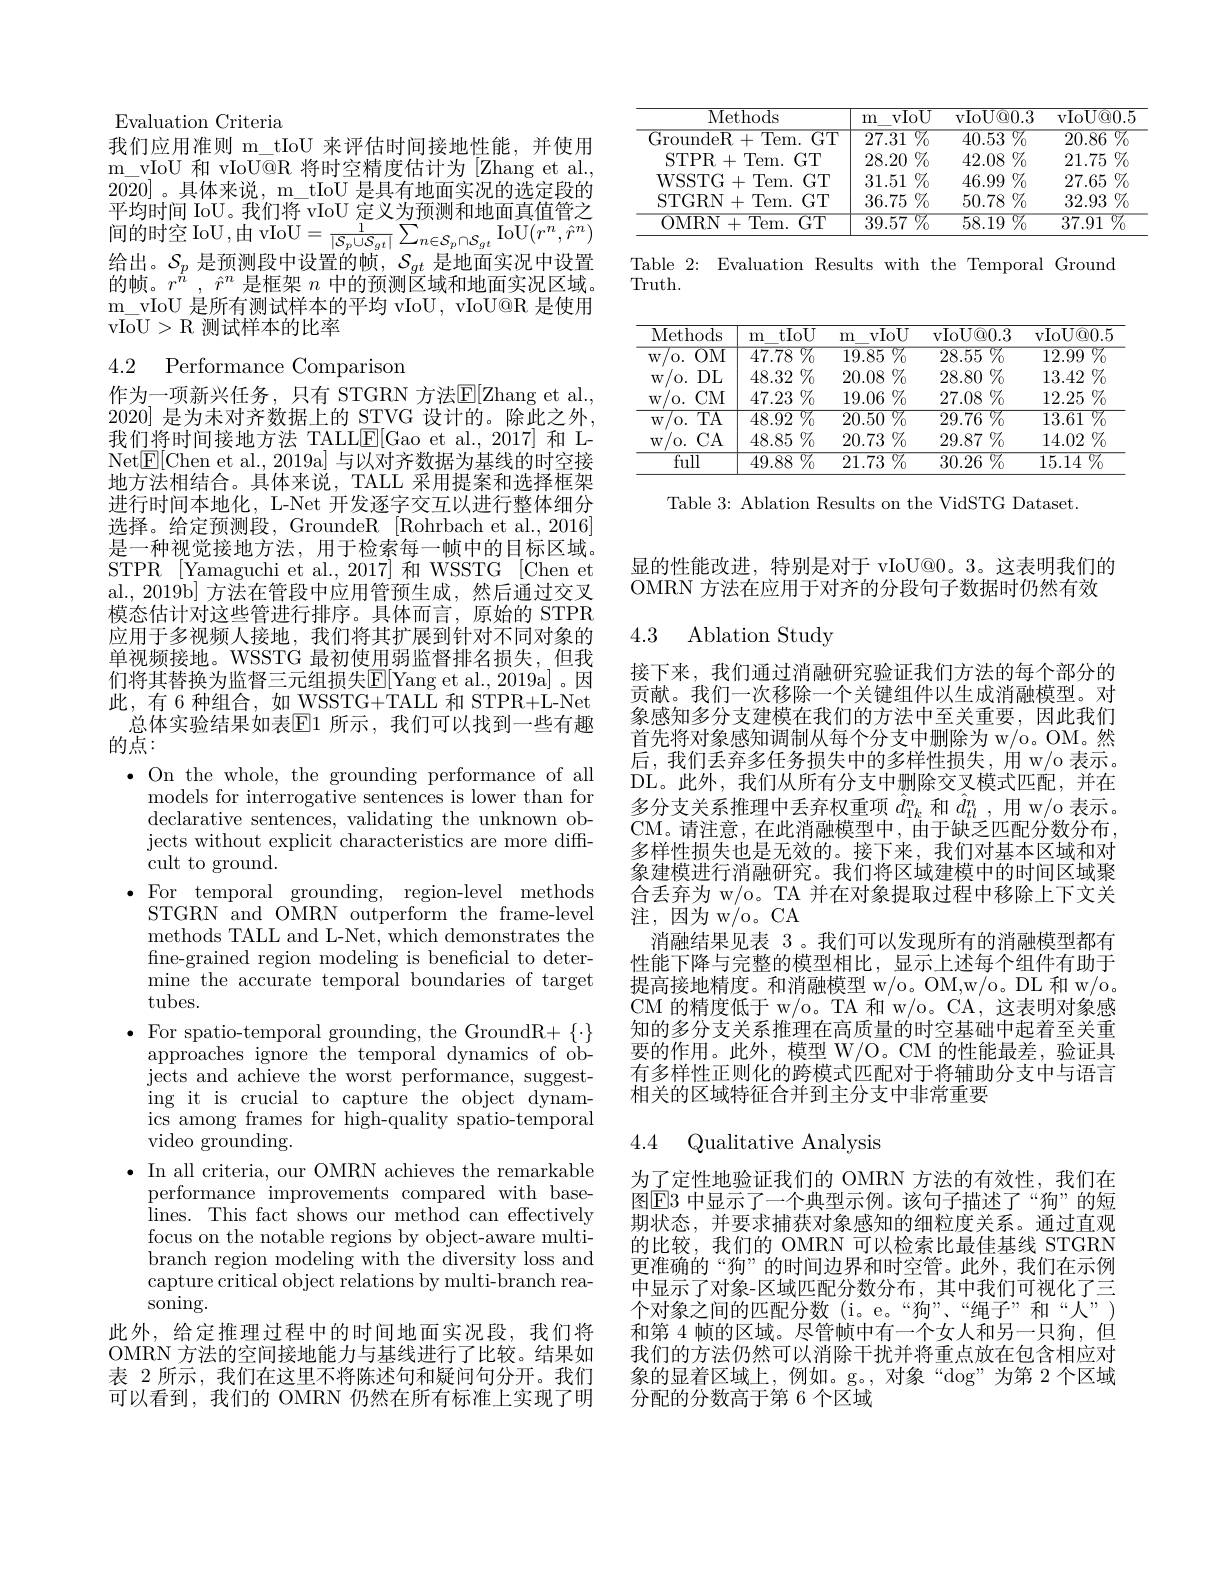
Evaluation Criteria
我们应用准则 m\_tIoU 来评估时间接地性能，并使用m$\_$vIoU 和 vIoU@R 将时空精度估计为[Zhang et al. 2020]。具体来说，m\_tIoU 是具有地面实况的选定段的平均时间 IoU。我们将 vIoU 定义为预测和地面真值管之间 的 时 空 IoU, 由 vIoU$= \frac 1{| \mathcal{S} _{p}\cup \mathcal{S} _{gt}| }\sum _{n\in \mathcal{S} _{p}\cap \mathcal{S} _{gt}}$IoU$( r^{n}, \hat{r} ^{n})$ $\begin{array}{l}\text{给出。}\mathcal{S}_p&\text{是预测段中设置的帧，}\mathcal{S}_{gt}&\text{是地面实况中设置}\\\text{的帧。}r^n&,\hat{r}^n&\text{是框架 }n&\text{中的预测区域和地面实况区域。}\end{array}$ m$\_$vIoU 是所有测试样本的平均 vIoU, vIoU@R 是使用vIoU > R 测试样本的比率

4.2 Performance Comparisom

作为一项新兴任务，只有 STGRN 方法$\mathbb{E}[$Zhang et al. 2020] 是为未对齐数据上的 STVG 设计的。除此之外， 我们将时间接地方法 TALLE[Gao et al., 2017] 和 LNet$\boxed{\mathrm{F}}[$Chen et al., 2019a] 与以对齐数据为基线的时空接地方法相结合。具体来说，TALL 采用提案和选择框架进行时间本地化，L-Net 开发逐字交互以进行整体细分选择。给定预测段，GroundeR [Rohrbach et al.,2016] 是一种视觉接地方法，用于检索每一帧中的目标区域。STPR [Yamaguchi et al., 2017] 和 WSSTG [Chen et al.,2019b] 方法在管段中应用管预生成，然后通过交叉模态估计对这些管进行排序。具体而言，原始的 STPR 应用于多视频人接地，我们将其扩展到针对不同对象的单视频接地。WSSTG 最初使用弱监督排名损失，但我们将其替换为监督三元组损失$\mathbb{E}[$Yang et al., 2019a] 。因此，有 6 种组合，如 WSSTG+TALL 和 STPR+L-Net
总体实验结果如表$\overline{\mathbb{E}}$1 所示，我们可以找到一些有趣
的点：
$\bullet$ On the whole, the grounding performance of all
models for interrogative sentences is lower than for declarative sentences, validating the unknown objects without explicit characteristics are more diffcult to ground.
$\bullet$For temporal grounding, region-level methods
STGRN and OMRN outperform the frame-level methods TALL and L-Net, which demonstrates the fine-grained region modeling is beneficial to determine the accurate temporal boundaries of target tubes.
$\bullet$ For spatio-temporal grounding, the GroundR+ $\{\cdot\}$
approaches ignore the temporal dynamics of objects and achieve the worst performance, suggest- ing it is crucial to capture the object dynamics among frames for high-quality spatio-temporal video grounding.
$\bullet$ In all criteria, our OMRN achieves the remarkable
performance improvements compared with baselines. This fact shows our method can effectively focus on the notable regions by object-aware multibranch region modeling with the diversity loss and capture critical object relations by multi-branch reasoning.
此外，给定推理过程中的时间地面实况段，我们将OMRN 方法的空间接地能力与基线进行了比较。结果如表 2 所示，我们在这里不将陈述句和疑问句分开。我们可以看到，我们的 OMRN 仍然在所有标准上实现了明

<table>
	<tbody>
		<tr>
			<th>$\overline{\mathrm{Methods}}$</th>
			<th>$\overline{\mathrm{vIoU}}$ m</th>
			<th>vIoU@ 0. 3</th>
			<th>vIoU@ 0. 5</th>
		</tr>
		<tr>
			<td>$\mathop{\mathrm{GroundeR}}+\mathop{\mathrm{Tem.GT}}$</td>
			<td>${\mathbb{V}_{0}}$ $\overline{27.31}$</td>
			<td>$3\%$ 40.53</td>
			<td>20.86 $77_{0}$</td>
		</tr>
		<tr>
			<td>$GT$ STPR+ Tem. </td>
			<td>$\%$ 28.20</td>
			<td>42.08 8 $\%$</td>
			<td>21.75 $\%$</td>
		</tr>
		<tr>
			<td>$GT$ WSSTG + Tem. </td>
			<td>$\%_{0}$ 31.51</td>
			<td>46.99 $9\%$</td>
			<td>27.65 $\%$</td>
		</tr>
		<tr>
			<td>$\vdash$Tem. GT STGRN+</td>
			<td>$36.75\%$</td>
			<td>$50.78\%$</td>
			<td>$32.93\%$</td>
		</tr>
		<tr>
			<td>OMRN + $\frac{1}{2}=\frac{1}{2}=\frac{1}{2}$ $\overline{\mathrm{Tem.}}$ $GT$</td>
			<td>$\overline{39.57\:\%}$</td>
			<td>$58.19\%$</td>
			<td>37.91 $77_0$ </td>
		</tr>
	</tbody>
</table>

Table 2: Evaluation Results with the Temporal Ground
Truth.

<table>
	<tbody>
		<tr>
			<th>Methods</th>
			<th>tIoU m</th>
			<th>vIoU m</th>
			<th>vIoU@ 0. 3</th>
			<th>vIoU@ 0. 5</th>
		</tr>
		<tr>
			<td>0. $\overline{\mathrm{OM}}$ $W$</td>
			<td>$\overline{47.78\%}$</td>
			<td>$\overline{19.85\%}$</td>
			<td>$\overline{5\%}$ 28.55</td>
			<td>$\%$ 12.99</td>
		</tr>
		<tr>
			<td>/0. $DL$ $W$</td>
			<td>$48.32\%$</td>
			<td>$\%$ 20.08 1</td>
			<td>$28.80\%$</td>
			<td>$13.42\%$</td>
		</tr>
		<tr>
			<td>CM $W$ 0. 1</td>
			<td>$47.23\%$</td>
			<td>$\%$ 19.06 1</td>
			<td>$27.08\%$</td>
			<td>$12.25\%$</td>
		</tr>
		<tr>
			<td>${^{/}\mathrm{o.~TA}}$ $W.$</td>
			<td>$\overline{48.92\:\%}$</td>
			<td>$\%$ 20.50 I</td>
			<td>${\overline{29.76\%}}$</td>
			<td>${\overline{13.61}\%}$</td>
		</tr>
		<tr>
			<td>CA 1 $W$</td>
			<td>$48.85\%$</td>
			<td>$20.73\%$</td>
			<td>$29.87\%$</td>
			<td>$14.02\%$</td>
		</tr>
		<tr>
			<td>$\overline{\mathrm{full}}$</td>
			<td>$\overline{49.88\%}$</td>
			<td>$\overline{21.73}\%$</td>
			<td>$\overline{\text{j }\%}$ 30.26 T</td>
			<td>$\overline{15.14\%}$</td>
		</tr>
	</tbody>
</table>

Table 3: Ablation Results on the VidSTG Dataset.

显的性能改进，特别是对于 vIoU@0。3。这表明我们的OMRN 方法在应用于对齐的分段句子数据时仍然有效

### 4.3 Ablation Study

接下来，我们通过消融研究验证我们方法的每个部分的贡献。我们一次移除一个关键组件以生成消融模型。对象感知多分支建模在我们的方法中至关重要，因此我们首先将对象感知调制从每个分支中删除为 w/o。OM。然后，我们丢弃多任务损失中的多样性损失，用 w/o 表示。DL。此外，我们从所有分支中删除交叉模式匹配，并在多分支关系推理中丢弃权重项$\hat{d}_{1k}^n$和$\hat{d}_{tl}^n$,用 w/o 表示。CM。请注意，在此消融模型中，由于缺乏匹配分数分布， 多样性损失也是无效的。接下来，我们对基本区域和对象建模进行消融研究。我们将区域建模中的时间区域聚合丢弃为 w/o。TA 并在对象提取过程中移除上下文关注，因为 w/o。CA
消融结果见表 3。我们可以发现所有的消融模型都有性能下降与完整的模型相比，显示上述每个组件有助于提高接地精度。和消融模型 w/o。OM,w/o。DL 和 w/o。CM 的精度低于 w/o。TA 和 w/o。CA, 这表明对象感知的多分支关系推理在高质量的时空基础中起着至关重要的作用。此外，模型 W/O。CM 的性能最差，验证具有多样性正则化的跨模式匹配对于将辅助分支中与语言相关的区域特征合并到主分支中非常重要

## 4.4 Qualitative Analysis

为了定性地验证我们的 OMRN 方法的有效性，我们在图$\boxed{\mathrm{E}}3$ 中显示了一个典型示例。该句子描述了“狗”的短期状态，并要求捕获对象感知的细粒度关系。通过直观的比较，我们的 OMRN 可以检索比最佳基线 STGRN 更准确的“狗”的时间边界和时空管。此外，我们在示例中显示了对象-区域匹配分数分布，其中我们可视化了三个对象之间的匹配分数(i。e。“狗”、“绳子”和“人”) 和第 4 帧的区域。尽管帧中有一个女人和另一只狗，但我们的方法仍然可以消除干扰并将重点放在包含相应对象的显着区域上，例如。g。,对象“$\deg^{\mathrm{o}}$为第2个区域分配的分数高于第 6 个区域